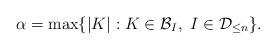
LaTeX: \begin{align*} \alpha = \max\{|K| : K\in\mathcal{B}_I,\ I\in\mathcal{D}_{\leq n}\}. \end{align*}